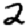
Digit: 2